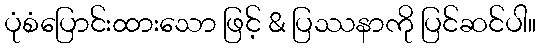
ပုံစံပြောင်းထားသော ဖြင့် & ပြဿနာကို ပြင်ဆင်ပါ။